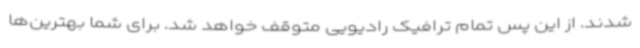
شدند. از این پس تمام ترافیک رادیویی متوقف خواهد شد. برای شما بهترین‌ها